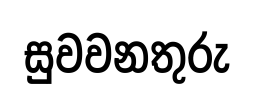
සුවවනතුරු